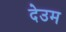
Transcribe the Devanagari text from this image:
देउम